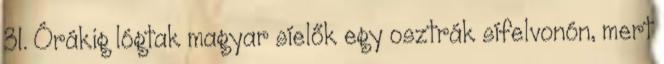
31. Órákig lógtak magyar síelők egy osztrák sífelvonón, mert